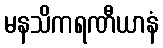
မနသိကရဏီယာနံ